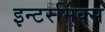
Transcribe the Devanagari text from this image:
इन्टरमिक्स